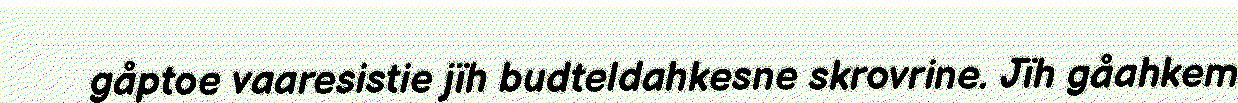
gåptoe vaaresistie jïh budteldahkesne skrovrine. Jïh gåahkem